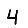
Digit: 4